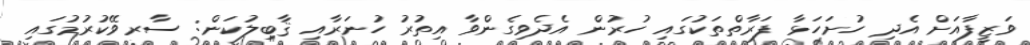
ވަޒީފާއަށް އެދި ހުށަހަޅާ ފަރާތްތަކުގައި ހުރުން އެދެވިގެންވާ އިތުރު ހުނަރާއި ޤާބިލުކަން: ސާރވޭކުރުމުގައި